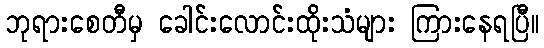
ဘုရားစေတီမှ ခေါင်းလောင်းထိုးသံများ ကြားနေရပြီ။